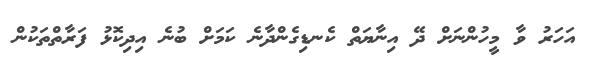
އަހަރު ވާ މީހުންނަށް ދޭ އިނާޔަތް ކެނޑިގެންދާނެ ކަމަށް ބުނެ އިދިކޮޅު ފަރާތްތަކުން